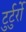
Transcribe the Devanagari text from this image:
टुर्टुर्रो